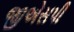
જીએસપી